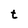
Character: t